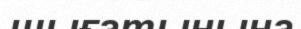
шығатынына